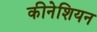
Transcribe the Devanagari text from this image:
कीनेशियन